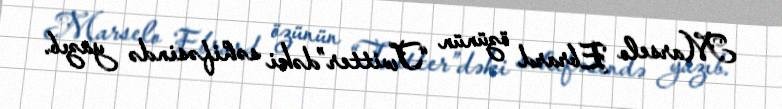
Marselo Ebrard özünün “Twitter”dəki səhifəsində yazıb.